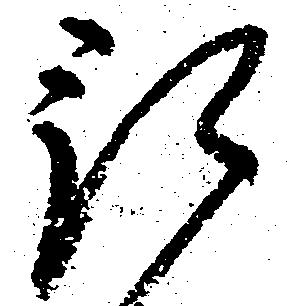
預